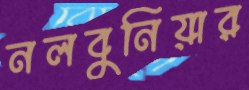
নলবুনিয়ার